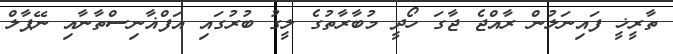
ތާރީޚީ ފައިނަލުން ރާއްޖެ ޖާގަ ހޯދީ މުބާރާތުގެ ލީގު ބުރުގައި އަފްޣާނިސްތާނާއި ނޭޕާލް